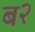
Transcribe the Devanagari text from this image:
ब२